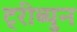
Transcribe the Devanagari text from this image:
ट्रीब्युन